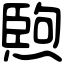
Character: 𤍥